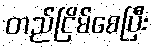
တည်ငြိမ်စေပြီး